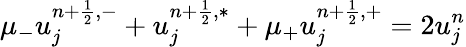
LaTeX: \mu_{-}u_{j}^{n+\frac{1}{2},-}+u_{j}^{n+\frac{1}{2},\ast}+\mu_{+}u_{j}^{n+\frac{1}{2},+}=2u_{j}^{n}